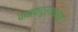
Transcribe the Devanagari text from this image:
कनकदुर्गाकडून